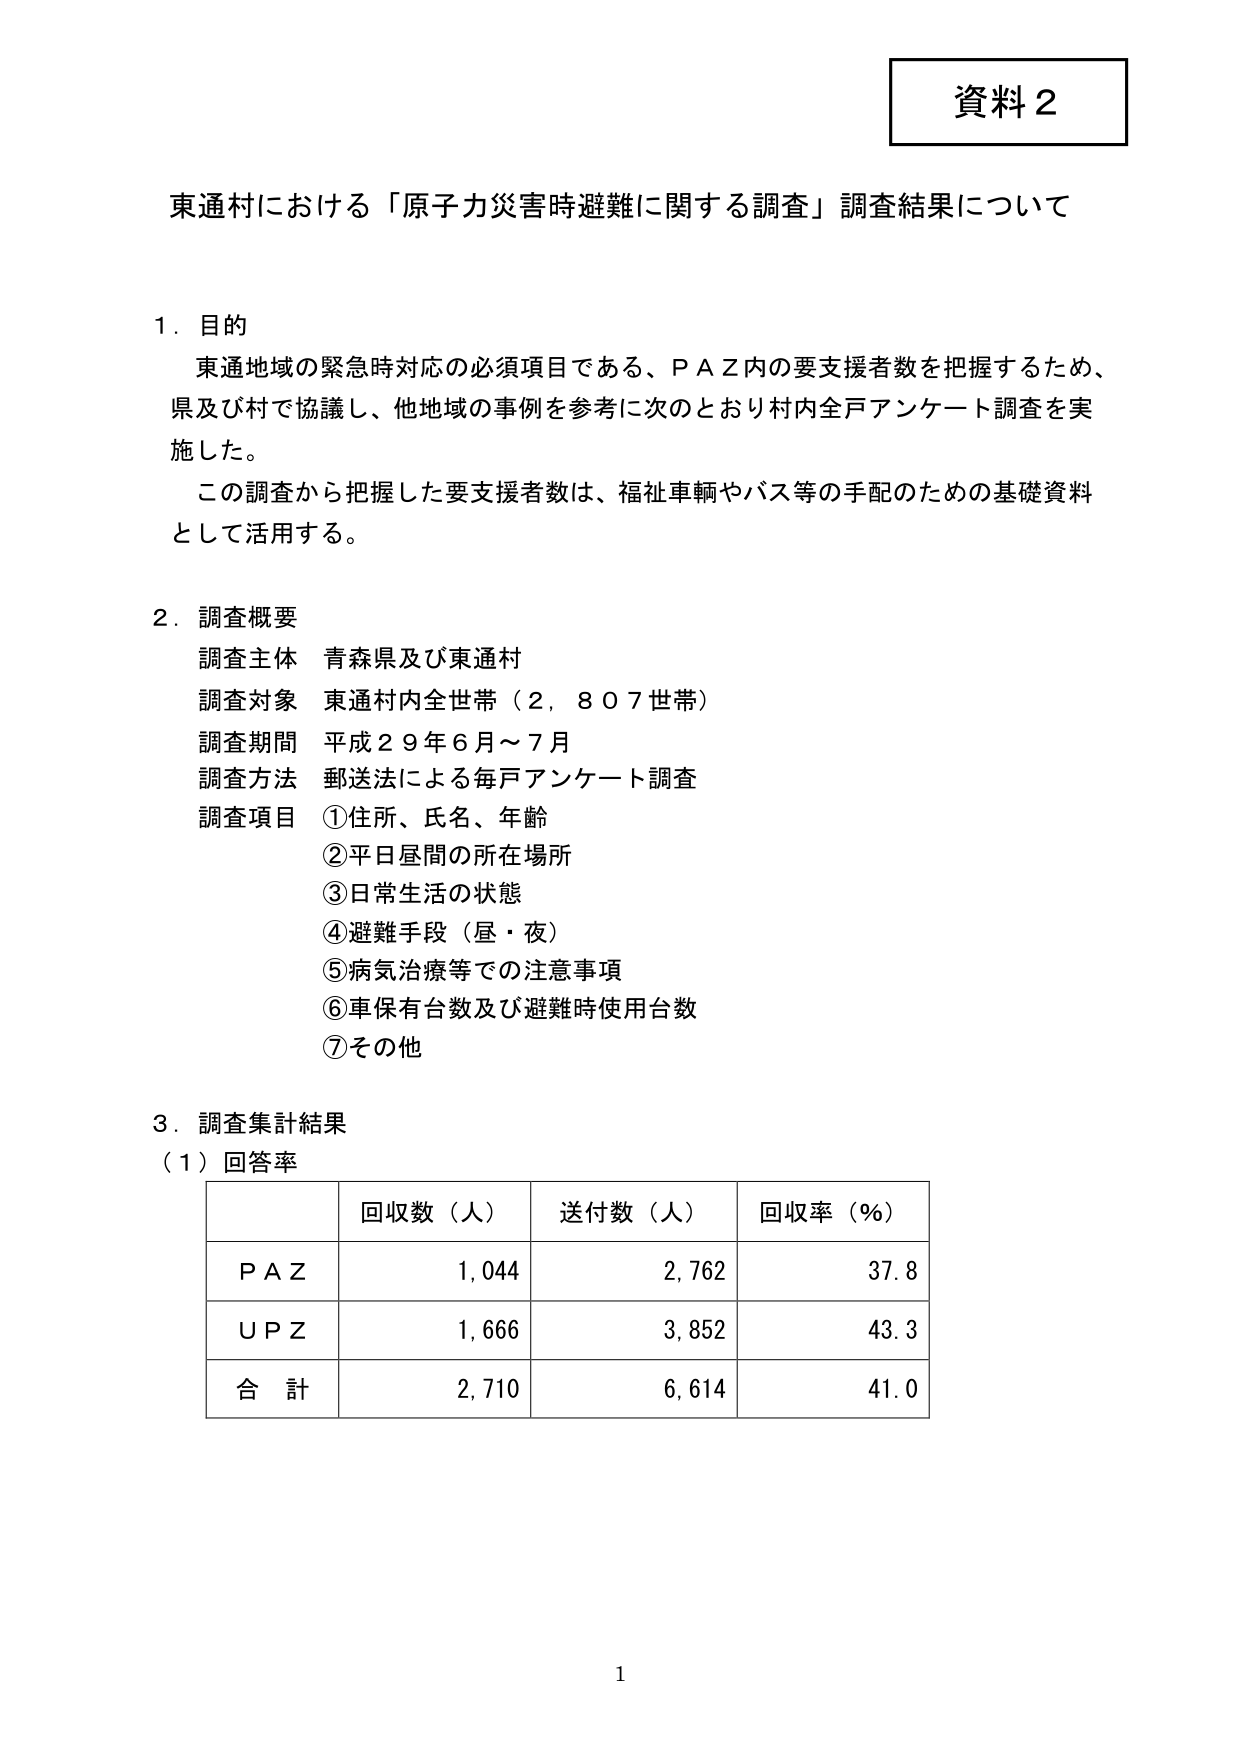
資料２

東通村における「原子力災害時避難に関する調査」調査結果について

１．目的
東通地域の緊急時対応の必須項目である、ＰＡＺ内の要支援者数を把握するため、
県及び村で協議し、他地域の事例を参考に次のとおり村内全戸アンケート調査を実
施した。
この調査から把握した要支援者数は、福祉車輌やバス等の手配のための基礎資料
として活用する。

２．調査概要
調査主体 青森県及び東通村
調査対象 東通村内全世帯（２，８０７世帯）
調査期間 平成２９年６月～７月
調査方法 郵送法による毎戸アンケート調査
調査項目 ①住所、氏名、年齢
　　　　　②平日昼間の所在場所
　　　　　③日常生活の状態
　　　　　④避難手段（昼・夜）
　　　　　⑤病気治療等での注意事項
　　　　　⑥車保有台数及び避難時使用台数
　　　　　⑦その他

３．調査集計結果
（１）回答率

　　　　　　回收数（人）　　送付数（人）　　回収率（％）
　　　ＰＡＺ　　　１，０４４　　　　２，７６２　　　　３７．８
　　　ＵＰＺ　　　１，６６６　　　　３，８５２　　　　４３．３
　　　合　計　　　２，７１０　　　　６，６１４　　　　４１．０

１